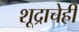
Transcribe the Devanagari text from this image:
शूद्राचेही